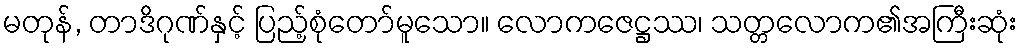
မတုန်, တာဒိဂုဏ်နှင့် ပြည့်စုံတော်မူသော။ လောကဇေဋ္ဌဿ၊ သတ္တလောက၏အကြီးဆုံး